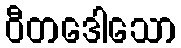
ဝီတဒေါသော